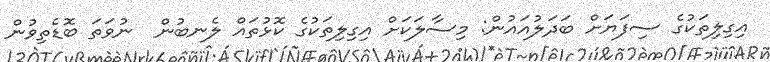
އިގިލިތަކުގެ ސިފަޔަށް ބަދަލުއައުން: މިސާލަކަށް އިގިލިތަކުގެ ކޮޅުތައް ލެނބުން  ނުވަތަ ބޮޑެތިވުން